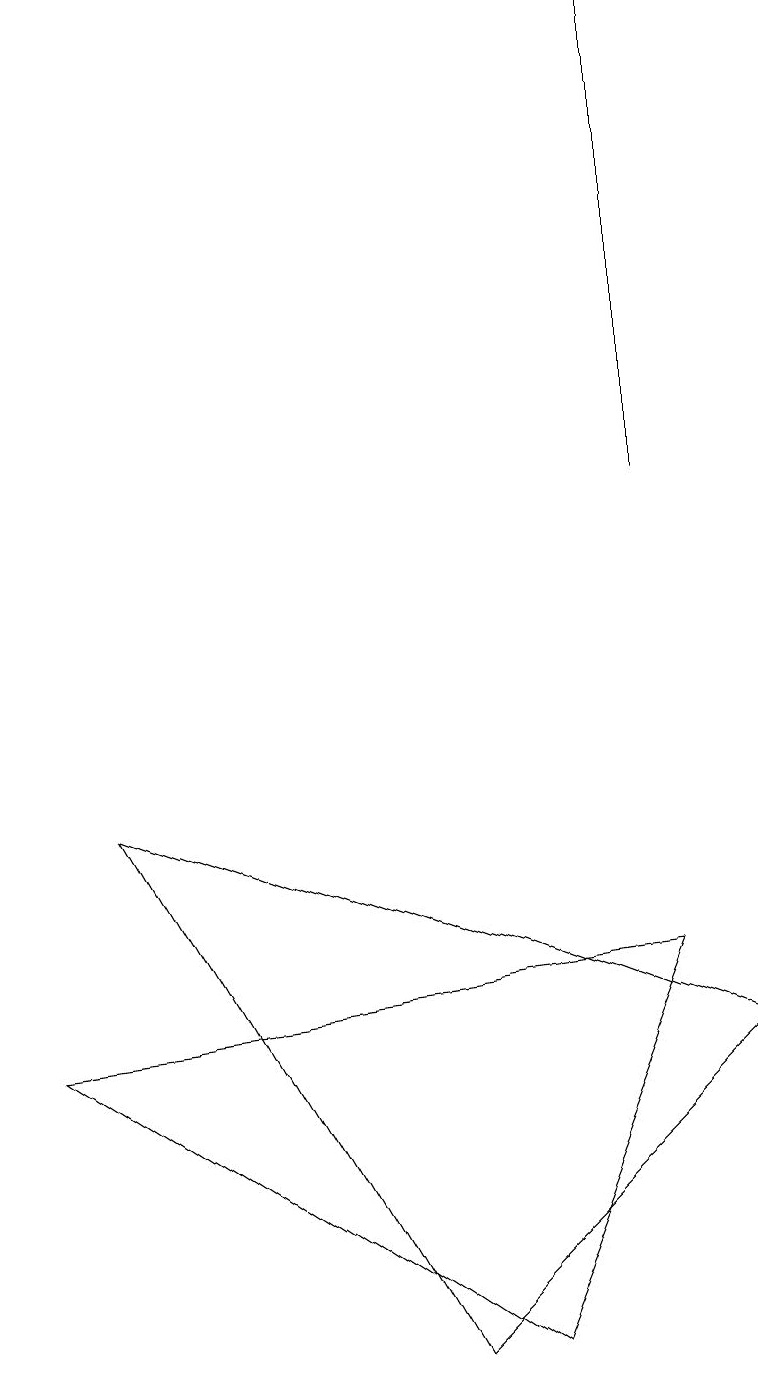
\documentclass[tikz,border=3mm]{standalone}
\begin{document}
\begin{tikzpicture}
\draw (8,7) -- (6,2) -- (0,6) -- cycle;
\draw (8,19) rectangle (8,13);
\draw (9,6) -- (5,2) -- (1,9) -- cycle;
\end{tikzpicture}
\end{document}